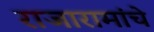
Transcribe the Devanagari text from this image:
राजारामांचे